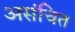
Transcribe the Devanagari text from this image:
असंचित